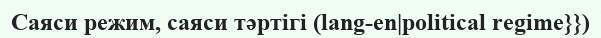
Саяси режим, саяси тәртігі (lang-en|political regime}})